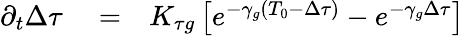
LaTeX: \begin{array}{rlr}{\partial_{t}\Delta\tau}&{{}=}&{K_{\tau g}\left[e^{-\gamma_{g}\left(T_{0}-\Delta\tau\right)}-e^{-\gamma_{g}\Delta\tau}\right]}\end{array}